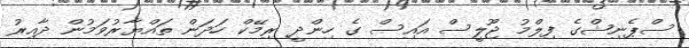
ސްޕެނިޝްގެ ފިލްމު ޖޫލީސް އައިސް ގެ ހިންދީ ރިމޭކް ހަދަން ތައްޔާރުވަމުން ދާއިރު